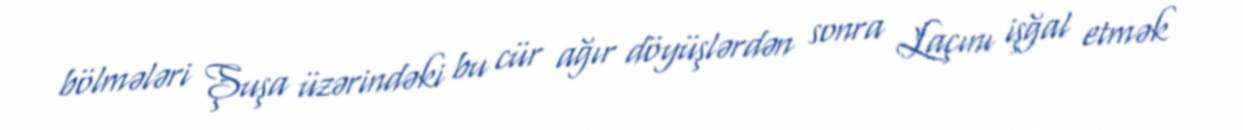
bölmələri Şuşa üzərindəki bu cür ağır döyüşlərdən sonra Laçını işğal etmək